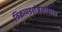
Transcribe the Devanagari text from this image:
त्रिकाण्डशेषकोशात